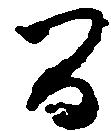
間